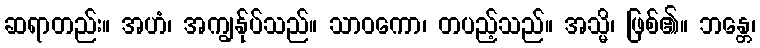
ဆရာတည်း။ အဟံ၊ အကျွန်ုပ်သည်။ သာဝကော၊ တပည့်သည်။ အသ္မိ၊ ဖြစ်၏။ ဘန္တေ၊